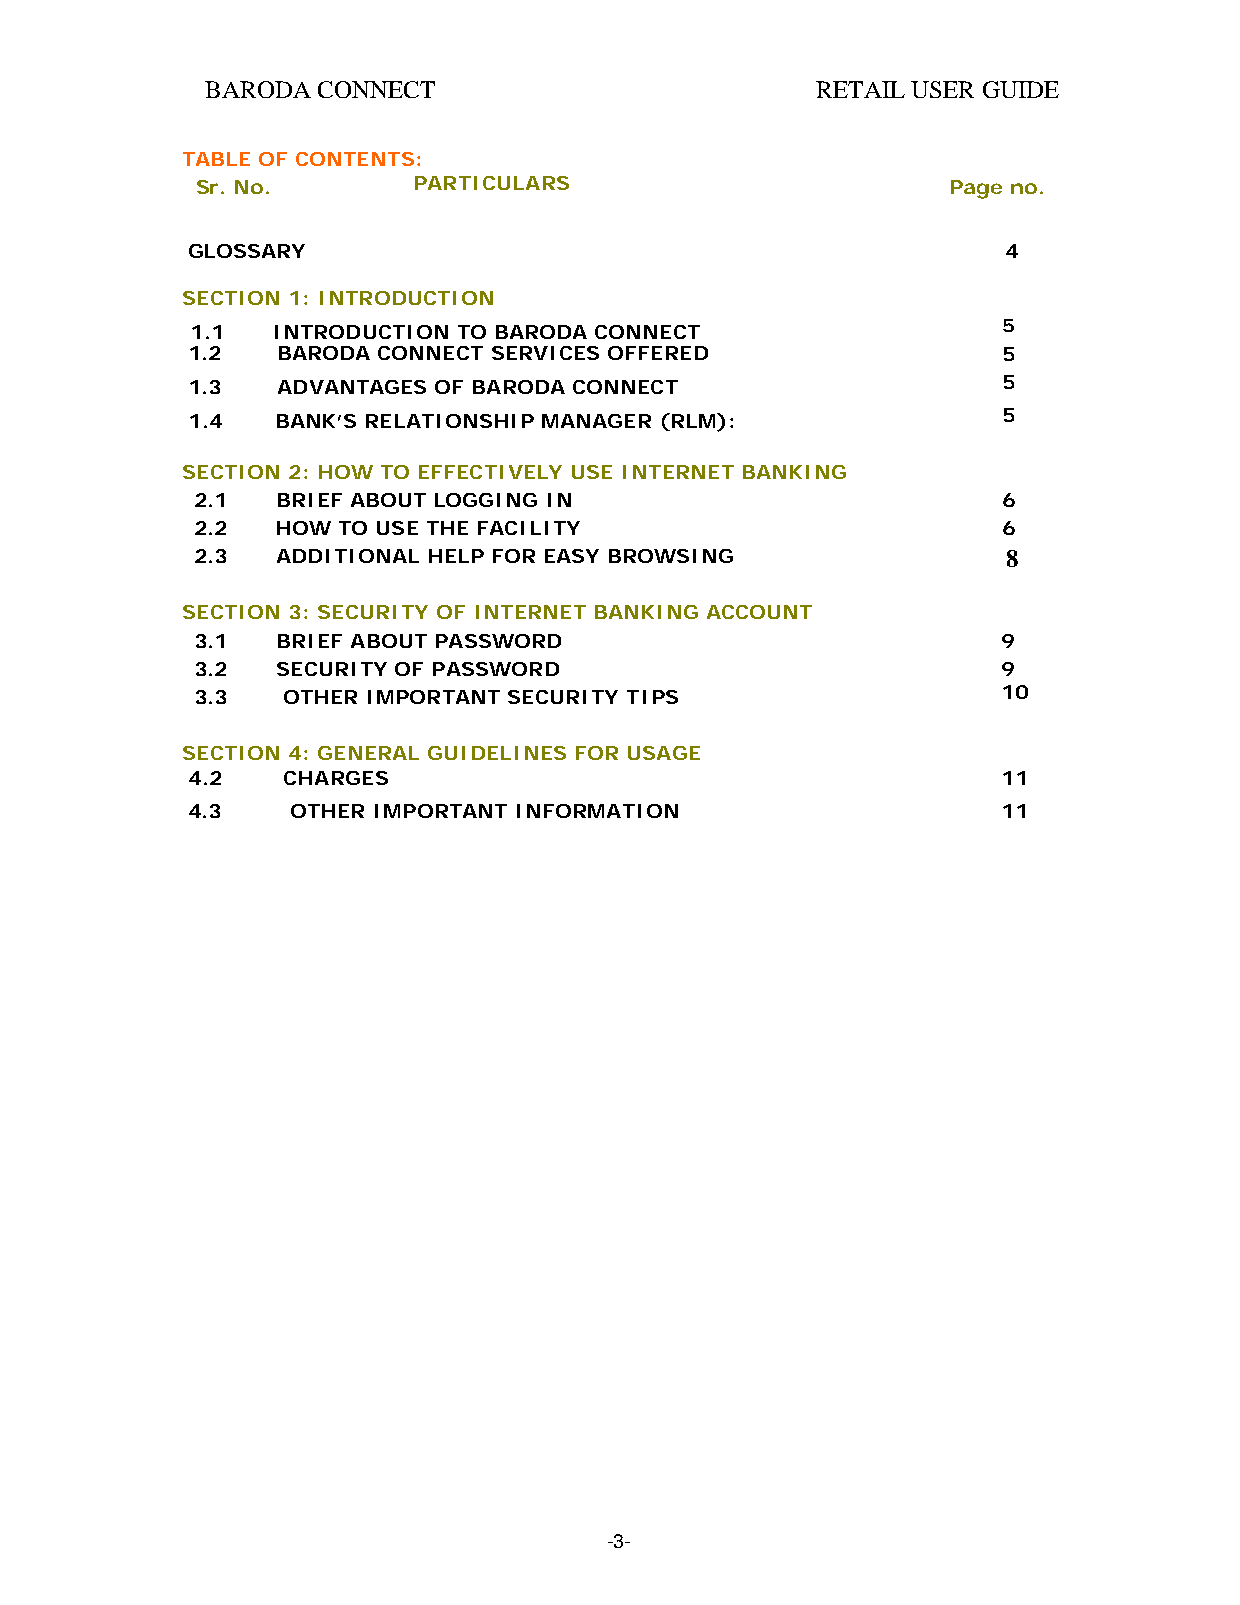
BARODA CONNECT                          RETAIL USER GUIDE
 TABLE OF CONTENTS:
 Sr. No.       PARTICULARS                         Page no.
 GLOSSARY                                               4
 SECTION 1: INTRODUCTION
 5
 1.1  INTRODUCTION TO BARODA CONNECT
 1.2   BARODA CONNECT SERVICES OFFERED                 5
 1.3   ADVANTAGES OF BARODA CONNECT                    5
 1.4   BANK’S RELATIONSHIP MANAGER (RLM):              5
 SECTION 2: HOW TO EFFECTIVELY USE INTERNET BANKING
 2.1  BRIEF ABOUT LOGGING IN                          6
 2.2  HOW TO USE THE FACILITY                         6
 2.3  ADDITIONAL HELP FOR EASY BROWSING                8
 SECTION 3: SECURITY OF INTERNET BANKING ACCOUNT
 3.1  BRIEF ABOUT PASSWORD                            9
 3.2  SECURITY OF PASSWORD                            9
 3.3   OTHER IMPORTANT SECURITY TIPS                  10
 SECTION 4: GENERAL GUIDELINES FOR USAGE
 4.2    CHARGES                                        11
 4.3    OTHER IMPORTANT INFORMATION                    11
 -3-